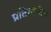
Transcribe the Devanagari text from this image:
प्रतिबम्धित